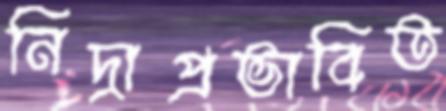
নিদ্রাপ্রভাবিত